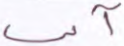
آني